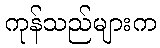
ကုန်သည်များက